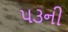
૫૩ની